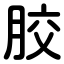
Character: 胶